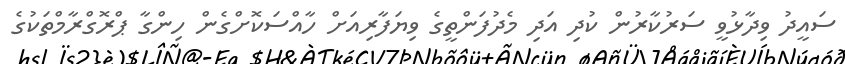
ސައީދު ވިދާޅުވީ ސަރުކާރުން ކުދި އަދި މެދުފަންތީގެ ވިޔަފާރިއަށް ހާއްސަކޮށްގެން ހިންގާ ޕްރޮގްރާމްތަކުގެ